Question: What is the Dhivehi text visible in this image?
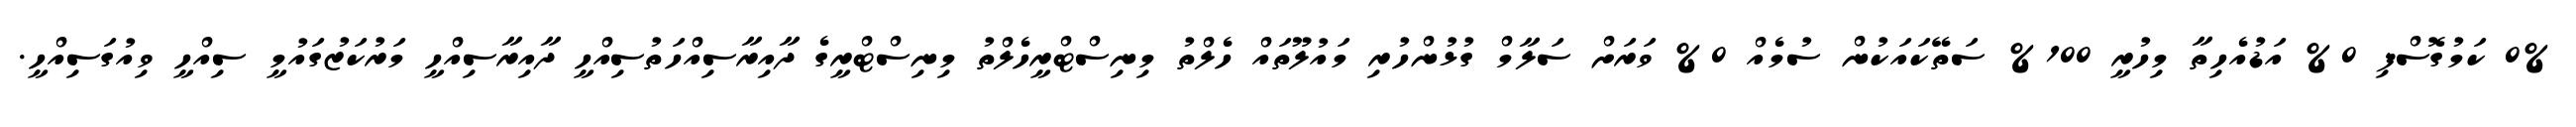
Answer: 0% ކަމުގޮސްފި 0% އަޑުއެހިތާ މިހުރީ 100% ސަތޭކައަކުން ސުމެއް 0% ވަރަށް ސަލާމް ގުޅުންހުރި މައުލޫތައް ހެލްތު މިނިސްޓްރީހެލްތު މިނިސްޓްރީގެ ދާއިރާސިއްހަތުސިއްހީ ދާއިރާސިއްހީ މަރުކަޒުގައުމީ ސިއްހީ ވިއުގަސިއްހީ.